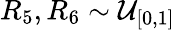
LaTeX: R_{5},R_{6}\sim\mathcal{U}_{[0,1]}